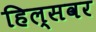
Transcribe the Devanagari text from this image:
हिल्सवर